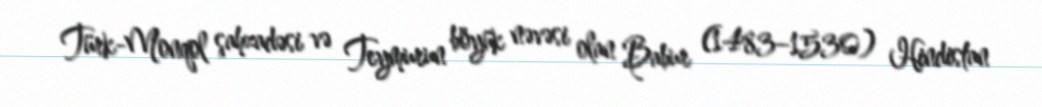
Türk-Monqol şahzadəsi və Teymurun böyük nəvəsi olan Babur (1483–1530) Hindistan